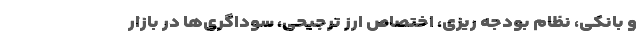
و بانکی، نظام بودجه ریزی، اختصاصِ ارز ترجیحی، سوداگری‌ها در بازار